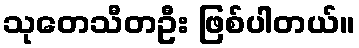
သုတေသီတဦး ဖြစ်ပါတယ်။